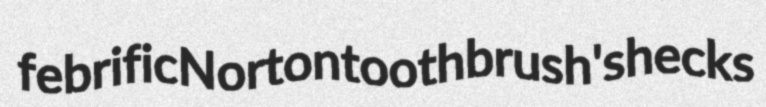
febrific Norton toothbrush's hecks